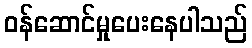
ဝန်ဆောင်မှုပေးနေပါသည်